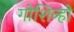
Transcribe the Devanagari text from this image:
गोशिन्हो